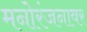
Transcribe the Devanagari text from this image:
मनोरंजनावर